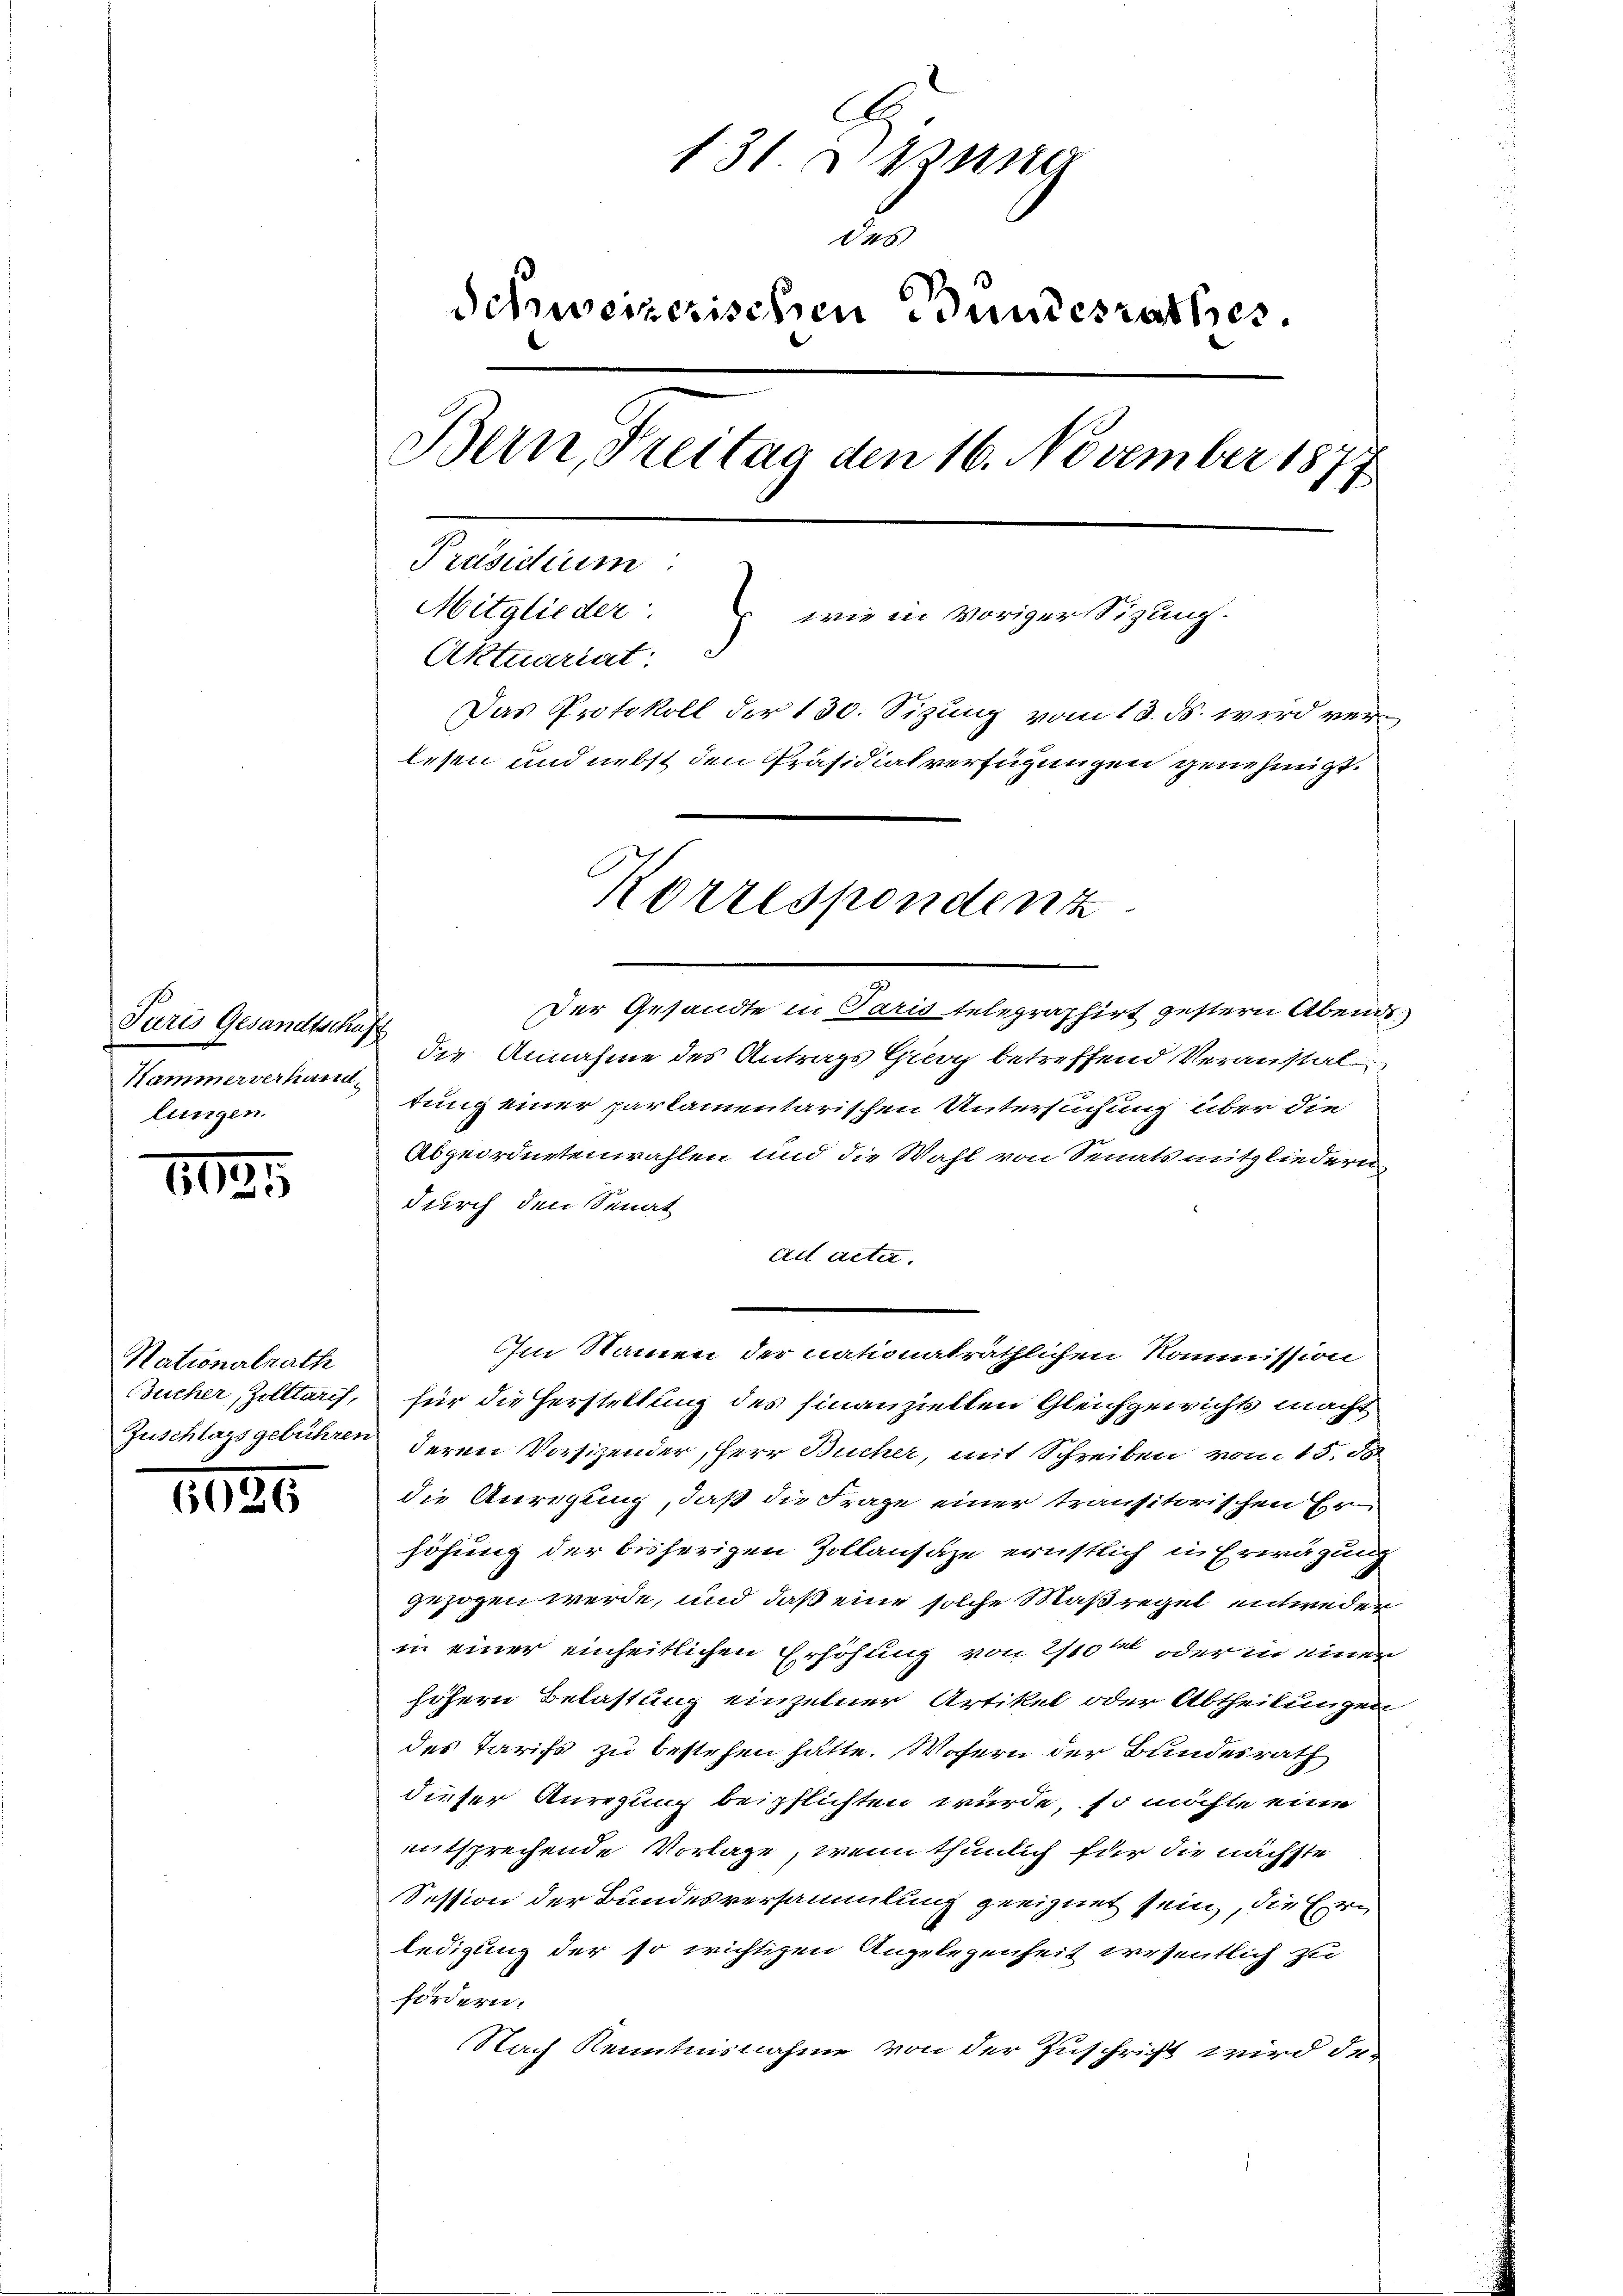
Paris Gesandtschufz
Kammerverhandlungen.

1125

Nationalrath

1026

A
131. Dasse
u
Schweizerischen Bundesrathes.
Bern, Freitag den 16. November 1877
Präsidium
Mitglieder: wie in voriger Sizung.
Aktuariat
Das Protokoll der 130. Sizung vom 13. ds. wird verlesen und nebst den Präsidialverfügungen genehmigt.
Korrespondenz

Der Gesandte in Paris telegraphirt gestern Abends
die Annahme des Antrags Grey betreffend Veranstaltung einer partamentarischen Untersuchung über die
Abgeordnetenwahlen und die Wahl von Senatsmitgliedern
durch den Senat
ad acta.
Im Namen der nationaträthlichen Kommission
Bucher, Zolltaris, für die Herstellung des finanziellen Gleichgewichts macht
Zuschlagsgebühren deren Vorsizender, Herr Bucher, mit Schreiben vom 15. ds
die Anregung, daß die Frage einer transitorischen Erhöhung der bisherigen Zollansaze ernstlich in Erwägung
gezogen werde, und daß eine solche Maßregel entweder
in einer einheitlichen Erhöhung von 2/10 oder in einer
höhern Belastung einzelner Artikel oder Abtheilungen
des Tarifs zu bestehen hätte. Wofern der Bundesrath
dieser Anregung beipflichten würde, so möchte eine
entsprechende Vorlage, wenn thunlich für die nächste
Session der Bundesversammlung geeignet sein, die Erledigung der so wichtigen Angelegenheit wesentlich zu
fördern.
Nach Kenntnisnahme von der Zuschrift wird de